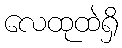
လေထုထဲရှိ